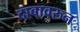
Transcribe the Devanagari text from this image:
दाबावरुन